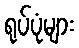
ရုပ်ပုံများ